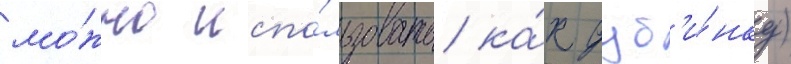
мо́жно испо́льзовать ка́к дуб'и́нку)